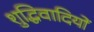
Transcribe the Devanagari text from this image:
शुद्धिवादियों